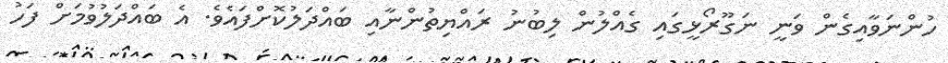
ހުންނަވާއިގެން ވަނީ ނަގޫރޯޅީގައި ގެއްލުން ލިބުނު ރައްޔިތުންނާއި ބައްދަލުކޮށްފައެވެ. އެ ބައްދަލުވުމަށް ފަހު